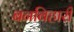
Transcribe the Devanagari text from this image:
बनबिहारी